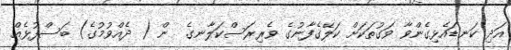
އަދި ކަނޑައެޅިގެންވާ ވަގުތަކަށް ކަލޭގެފާނުގެ ވެރިރަސްކަލާނގެ  ން ( ދެއްވުމުގެ) ބަސްފުޅެއް